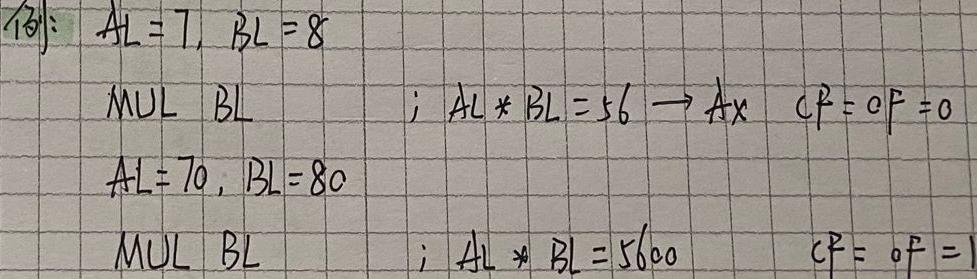
例：$AL = 7, BL = 8$
MUL BL ; $AL * BL = 56 \to Ax$ $CF = OF = 0$
$AL = 70, BL = 80$
MUL BL ; $AL * BL = 5600$ $CF = OF = 1$